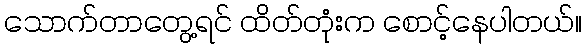
သောက်တာတွေ့ရင် ထိတ်တုံးက စောင့်နေပါတယ်။